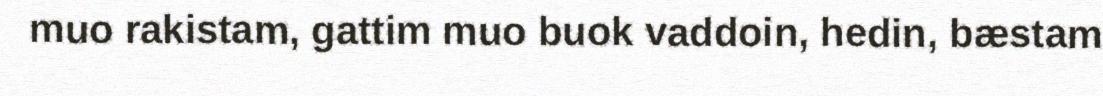
muo rakistam, gattim muo buok vaddoin, hedin, bæstam